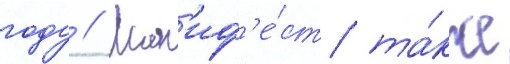
году // Ман'иф'е́ст та́кже